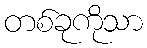
တစ်ခုကိုသာ